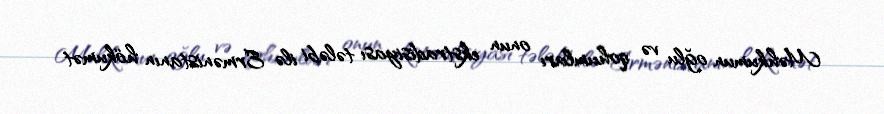
Məhkumun oğlu və qohumları onun ekstradisiyası tələbi ilə Ermənistanın hökumət